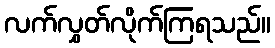
လက်လွှတ်လိုက်ကြရသည်။